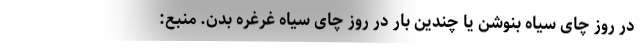
در روز چای سیاه بنوشن یا چندین بار در روز چای سیاه غرغره بدن. منبع: